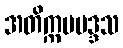
အတိက္ကမမဒ္ဒသ